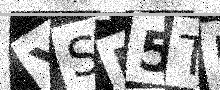
Text: YSB5TB